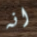
انه